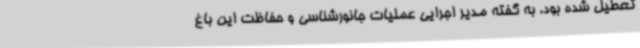
تعطیل شده بود. به گفته مدیر اجرایی عملیات جانورشناسی و حفاظت این باغ